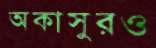
অকাসুরও